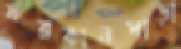
ফরকানপাড়া